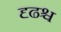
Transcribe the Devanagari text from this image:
दृढश्च